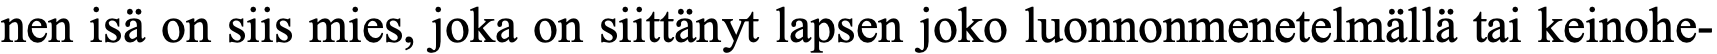
nen isä on siis mies, joka on siittänyt lapsen joko luonnonmenetelmällä tai keinohe-